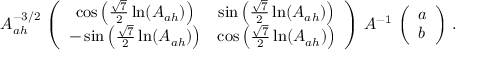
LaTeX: A _ { a h } ^ { - 3 / 2 } \, \left( \begin{array} { c c } { { \cos \left( \frac { \sqrt { 7 } } { 2 } \ln ( A _ { a h } ) \right) } } & { { \sin \left( \frac { \sqrt { 7 } } { 2 } \ln ( A _ { a h } ) \right) } } \\ { { - \sin \left( \frac { \sqrt { 7 } } { 2 } \ln ( A _ { a h } ) \right) } } & { { \cos \left( \frac { \sqrt { 7 } } { 2 } \ln ( A _ { a h } ) \right) } } \end{array} \right) \, { \cal A } ^ { - 1 } \, \left( \begin{array} { c } { { a } } \\ { { b } } \end{array} \right) \, .